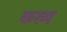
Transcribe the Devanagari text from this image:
कख्ष